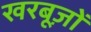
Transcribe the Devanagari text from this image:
खरबूज़ों